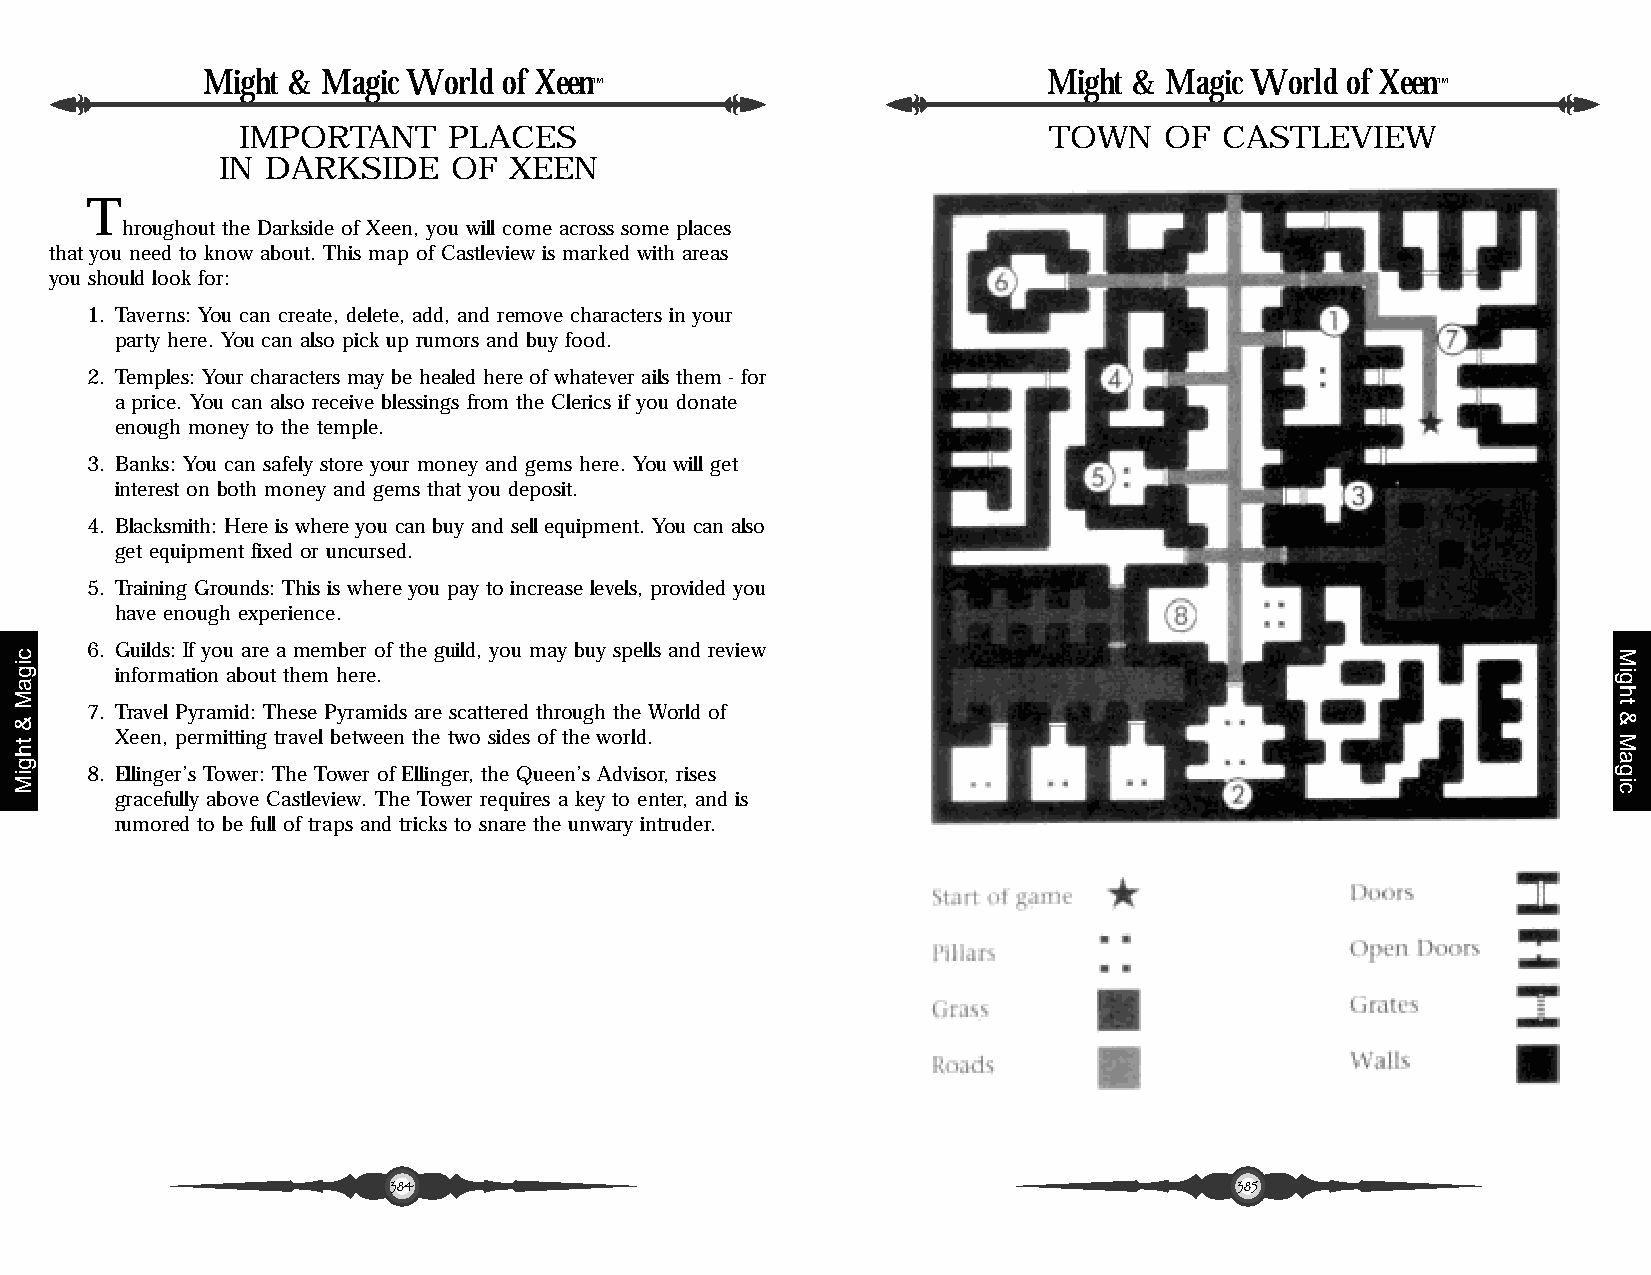
Might & Magic World of Xeen                             Might & Magic World of Xeen
 ™                                                       ™
 IMPORTANT     PLACES                                 TOWN    OF  CASTLEVIEW
 IN  DARKSIDE    OF  XEEN
 T
 hroughout the Darkside of Xeen, you will come across some places
 that you need to know about. This map of Castleview is marked with areas
 you should look for:
 1. Taverns: You can create, delete, add, and remove characters in your
 party here. You can also pick up rumors and buy food.
 2. Temples: Your characters may be healed here of whatever ails them - for
 a price. You can also receive blessings from the Clerics if you donate
 enough money to the temple.
 3. Banks: You can safely store your money and gems here. You will get
 interest on both money and gems that you deposit.
 4. Blacksmith: Here is where you can buy and sell equipment. You can also
 get equipment fixed or uncursed.
 5. Training Grounds: This is where you pay to increase levels, provided you
 have enough experience.
 6. Guilds: If you are a member of the guild, you may buy spells and review
 information about them here.
 7. Travel Pyramid: These Pyramids are scattered through the World of
 Xeen, permitting travel between the two sides of the world.
 8. Ellinger’s Tower: The Tower of Ellinger, the Queen’s Advisor, rises
 gracefully above Castleview. The Tower requires a key to enter, and is
 rumored to be full of traps and tricks to snare the unwary intruder.
 384                                                     385
 cigaM
 &
 thgiM
 Might
 &
 Magic